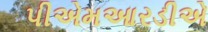
પીએમઆરડીએ